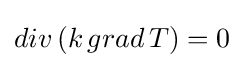
{div\,(k\,grad\,T)}=0